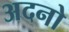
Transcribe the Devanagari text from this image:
अदनो